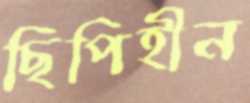
ছিপিহীন